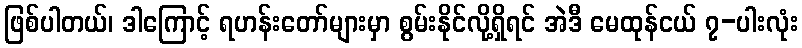
ဖြစ်ပါတယ်၊ ဒါကြောင့် ရဟန်းတော်များမှာ စွမ်းနိုင်လို့ရှိရင် အဲဒီ မေထုန်ငယ် ၇-ပါးလုံး